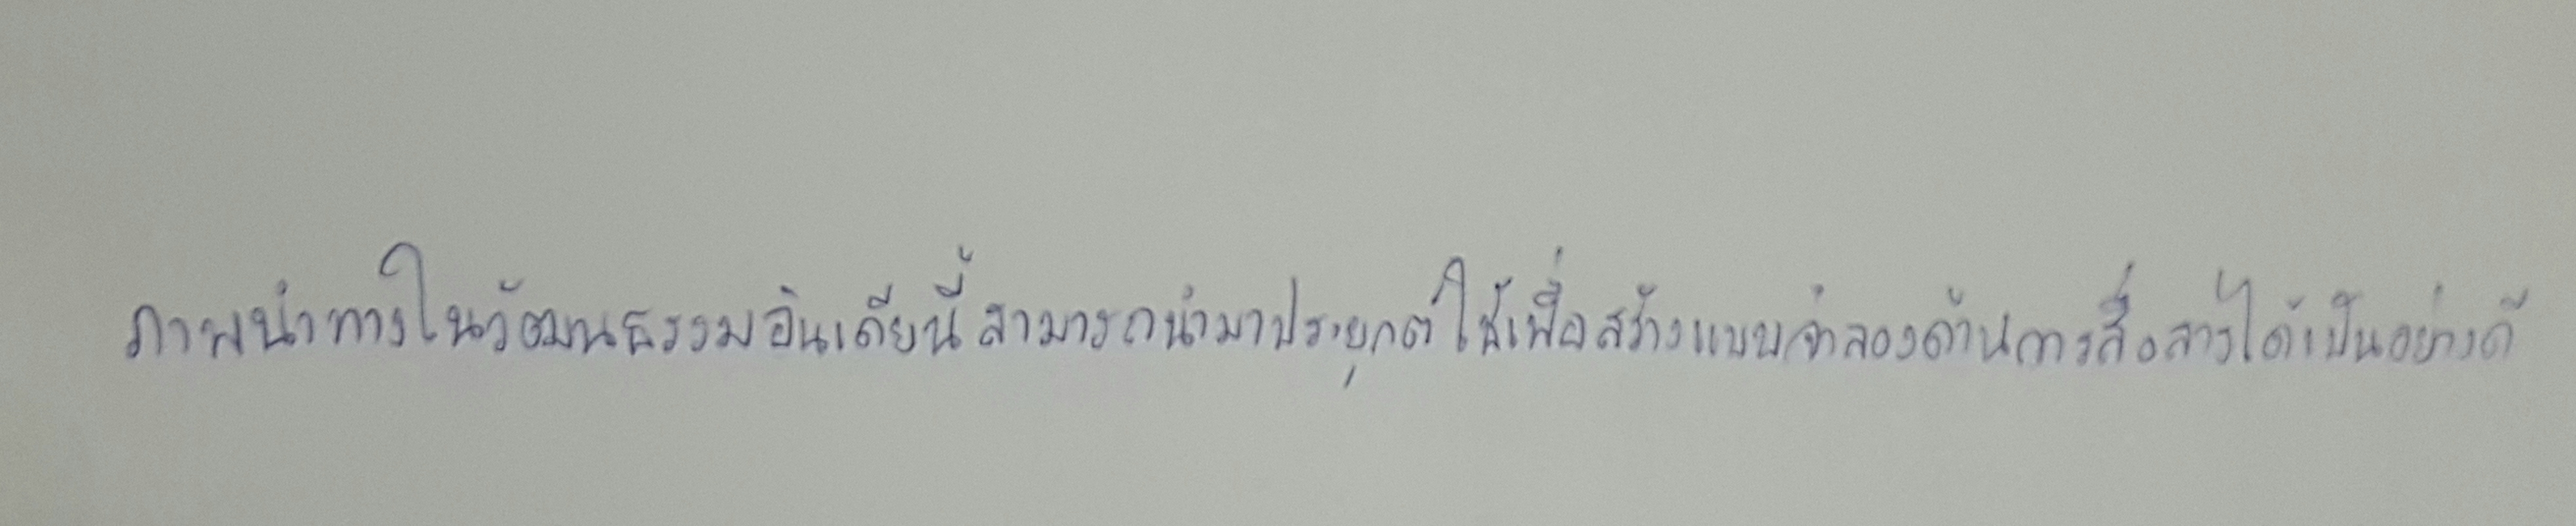
ภาพนำทางในวัฒนธรรมอินเดียนี้สามารถนำมาประยุกต์ใช้เพื่อสร้างแบบจำลองด้านการสื่อสารได้เป็นอย่างดี